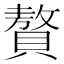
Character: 贅